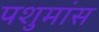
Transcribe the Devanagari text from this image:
पशुमांस